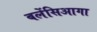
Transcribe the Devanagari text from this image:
बलेंसिआगा